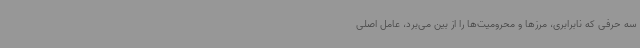
سه حرفی که نابرابری، مرزها و محرومیت‌ها را از بین می‌برد، عامل اصلی